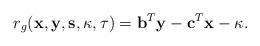
LaTeX: \begin{align*} r_g(\mathbf{x},\mathbf{y},\mathbf{s},\kappa,\tau)={{\mathbf{b}}^{T}}\mathbf{y}-{{\mathbf{c}}^{T}}\mathbf{x}-\kappa.\end{align*}